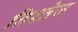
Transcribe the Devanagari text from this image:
निश्तेज